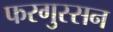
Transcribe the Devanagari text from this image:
फरगुस्सन